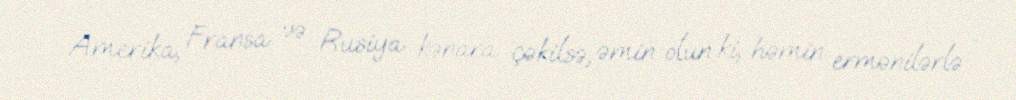
Amerika, Fransa və Rusiya kənara çəkilsə, əmin olun ki, həmin ermənilərlə